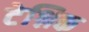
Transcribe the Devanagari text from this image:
टेश्निक